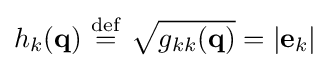
h_{k}(\mathbf {q} )\ {\stackrel {\mathrm {def} }{=}}\ {\sqrt {g_{kk}(\mathbf {q} )}}=|\mathbf {e} _{k}|